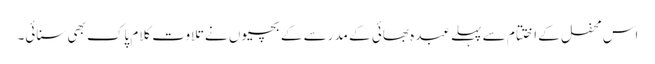
اس محفل کے اختتام سے پہلے عبدہ بھائی کے مدرسے کے بچیوں نے تلاوت کلام پاک بھی سنائی۔